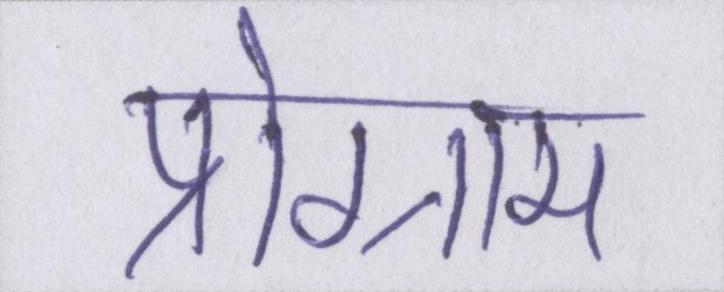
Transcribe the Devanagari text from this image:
प्रोग्राम